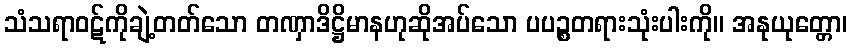
သံသရာဝဋ်ကိုချဲ့တတ်သော တဏှာဒိဋ္ဌိမာနဟုဆိုအပ်သော ပပဉ္စတရားသုံးပါးကို။ အနုယုတ္တော၊